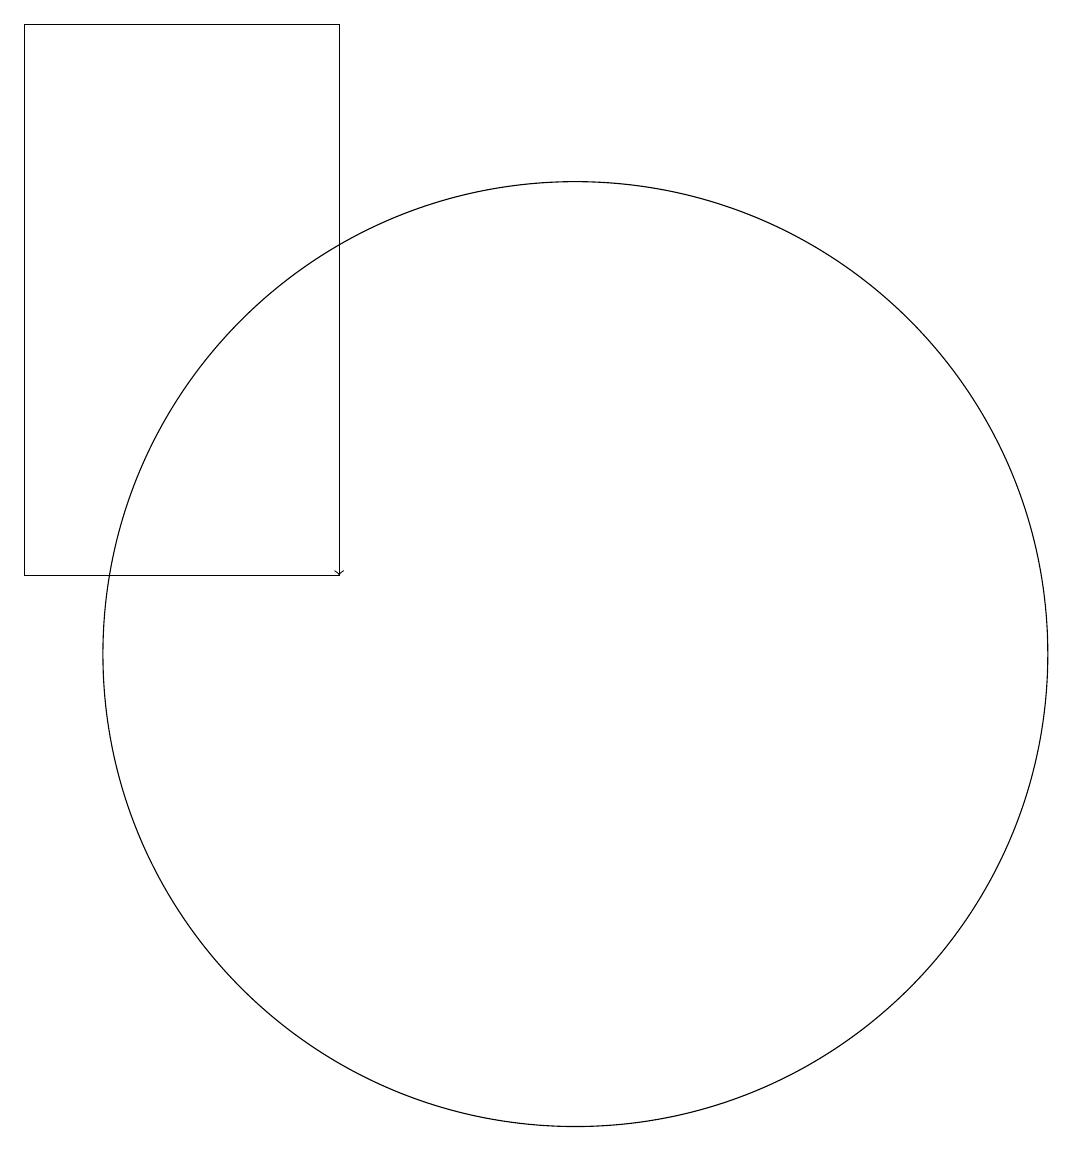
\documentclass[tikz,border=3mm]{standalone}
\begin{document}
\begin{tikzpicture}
\draw[->] (8,17) -- (8,11);
\draw (8,18) rectangle (4,11);
\draw (11,10) circle (6);
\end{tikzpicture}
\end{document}